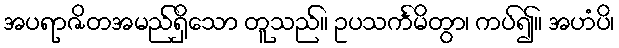
အပရာဇိတအမည်ရှိသော တူသည်။ ဥပသင်္ကမိတွာ၊ ကပ်၍။ အဟံပိ၊